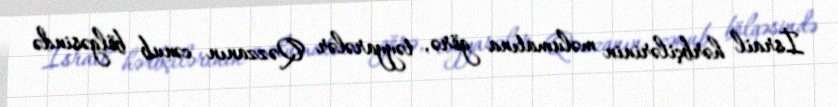
İsrail hərbçilərinin məlumatına görə, təyyarələr Qəzzanın cənub bölgəsində